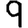
Digit: 9